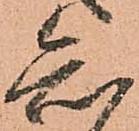
知